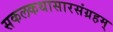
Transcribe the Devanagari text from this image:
सकलकथासारसंग्रहम्